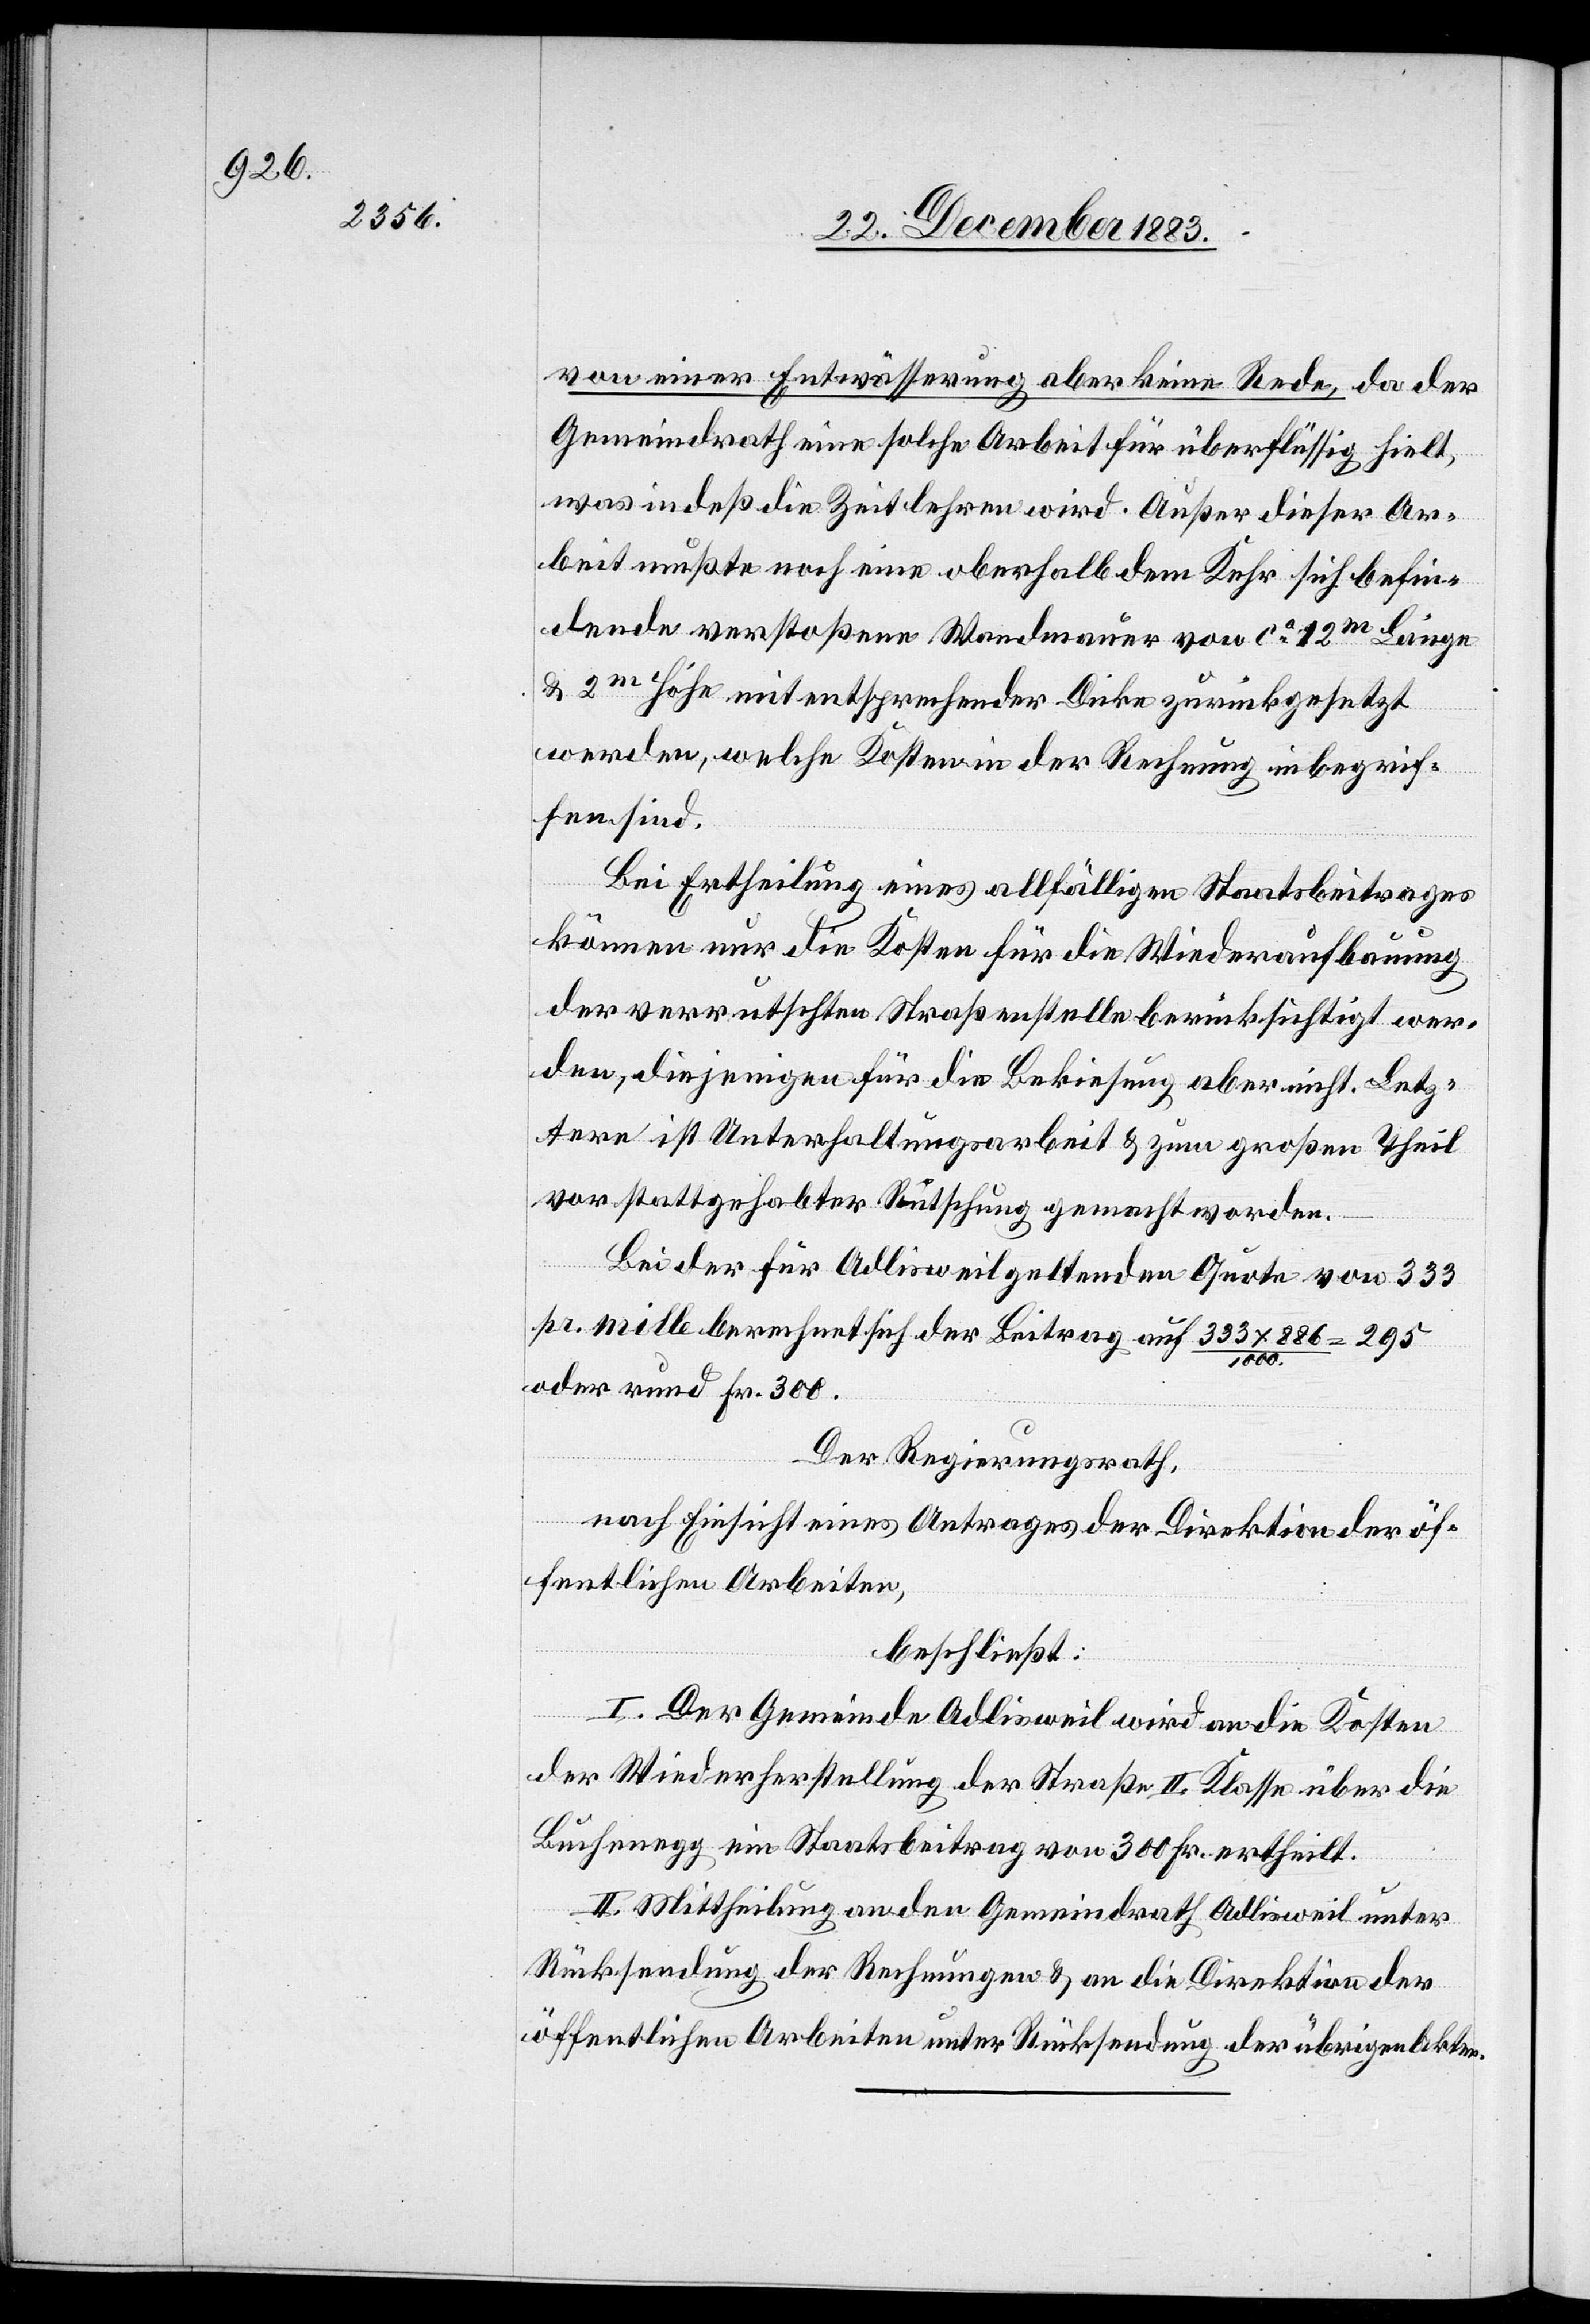
von einer Entwässerung aber keine Rede, da der
Gemeindrath eine solche Arbeit für überflüssig hielt,
was indeß die Zeit lehren wird. Außer dieser Ar¬
beit mußte noch eine oberhalb dem Kehr sich befin¬
dende verstoßene Wandmauer von ca 12m Länge
& 2m Höhe mit entsprechender Dicke zurückgesetzt
werden, welche Kosten in der Rechnung inbegrif¬
fen sind.
Bei Ertheilung eines allfälligen Staatsbeitrages
können nur die Kosten für die Wiederaufbauung
der verrutschten Straßenstelle berücksichtigt wer¬
den, diejenigen für die Bekiesung aber nicht. Letz¬
tere ist Unterhaltungsarbeit & zum großen Theil
vor stattgehabter Rutschung gemacht worden.
Bei der für Adlisweil geltenden Quote von 333
pr. mille berechnet sich der Beitrag auf 333 x 886 / 1000
oder rund Fr. 300.
Der Regierungsrath,
nach Einsicht eines Antrages der Direktion der öf¬
fentlichen Arbeiten,
beschließt:
I. Der Gemeinde Adlisweil wird an die Kosten
der Wiederherstellung der Straße II. Klasse über die
Buchenegg ein Staatsbeitrag von 300 Fr. ertheilt.
II. Mittheilung an den Gemeindrath Adlisweil unter
Rücksendung der Rechnungen & an die Direktion der
öffentlichen Arbeiten unter Rücksendung der übrigen Akten.